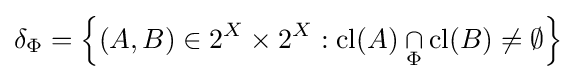
\delta _{\Phi }=\left\{(A,B)\in 2^{X}\times 2^{X}:{\mbox{cl}}(A)\mathbin {\mathop {\cap } _{\Phi }} {\mbox{cl}}(B)\neq \emptyset \right\}